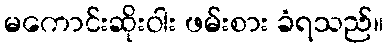
မကောင်းဆိုးဝါး ဖမ်းစား ခံရသည်။